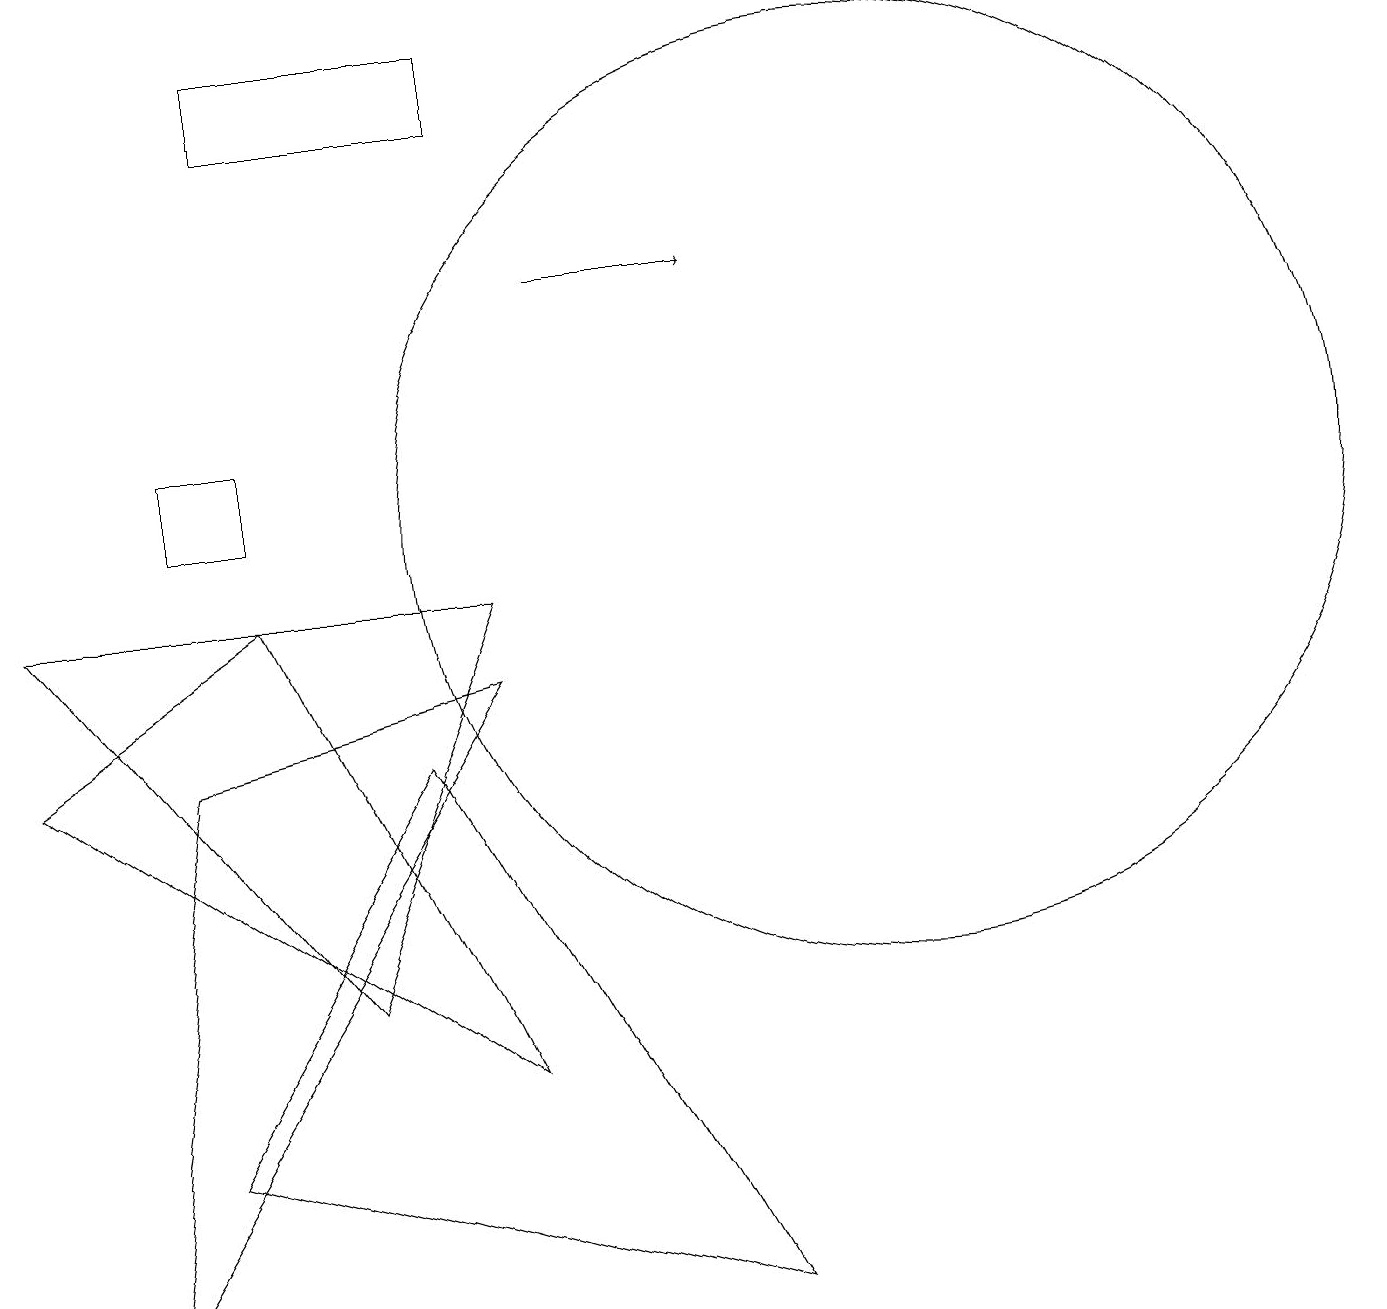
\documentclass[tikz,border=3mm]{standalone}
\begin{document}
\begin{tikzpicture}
\draw (11,10) circle (6);
\draw (6,9) -- (4,4) -- (0,9) -- cycle;
\draw (2,11) rectangle (3,10);
\draw (3,15) rectangle (6,16);
\draw (6,3) -- (0,7) -- (3,9) -- cycle;
\draw[->] (7,13) -- (9,13);
\draw (6,8) -- (1,0) -- (2,7) -- cycle;
\draw (9,0) -- (2,2) -- (5,7) -- cycle;
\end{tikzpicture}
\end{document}